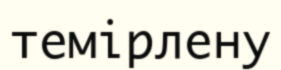
темірлену